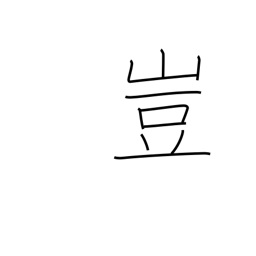
Meaning: an interjection of surprise